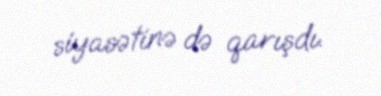
siyasətinə də qarışdı.